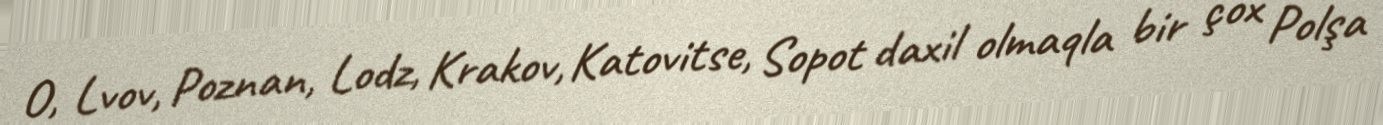
O, Lvov, Poznan, Lodz, Krakov, Katovitse, Sopot daxil olmaqla bir çox Polşa